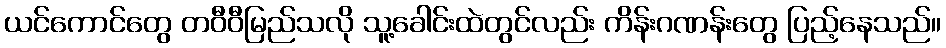
ယင်ကောင်တွေ တဝီဝီမြည်သလို သူ့ခေါင်းထဲတွင်လည်း ကိန်းဂဏန်းတွေ ပြည့်နေသည်။